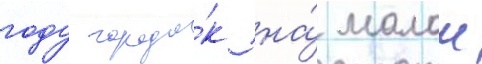
году городо́к на́ малои